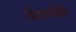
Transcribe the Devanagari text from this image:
वेमपति